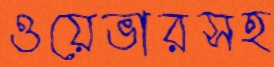
ওয়েভারসহ